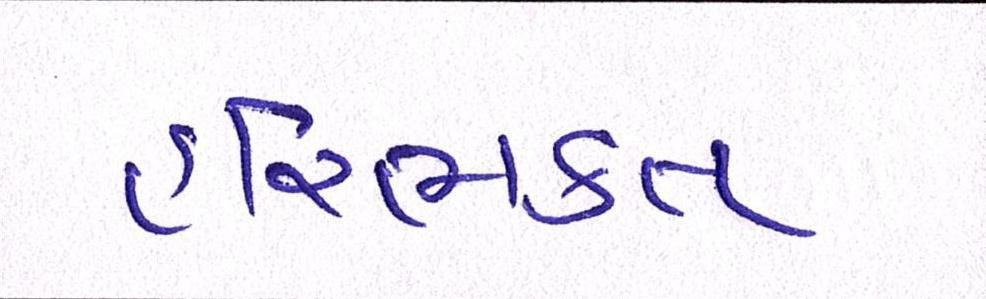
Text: હરિભકત